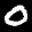
Label: 0